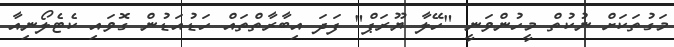
މަގުތަކަށް ނުކުތް މީހުންވަނީ "ހޭލާ ޔޫރަޕް" ފަދަ އިބާރާތްތައް ހަޑުއަޑުން ގޮވައި ކެޓެލޯނިއާ